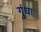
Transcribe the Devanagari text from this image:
गुंधा